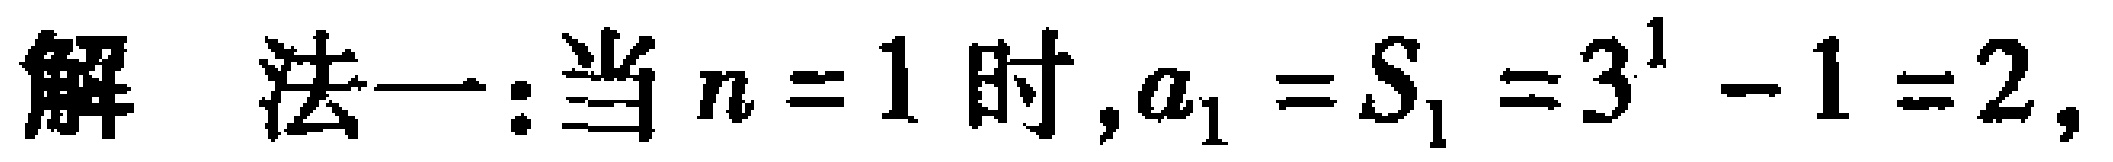
解 法一:当 \(n = 1\) 时,\(a_{1}=S_{1}=3^{1}-1 = 2\),